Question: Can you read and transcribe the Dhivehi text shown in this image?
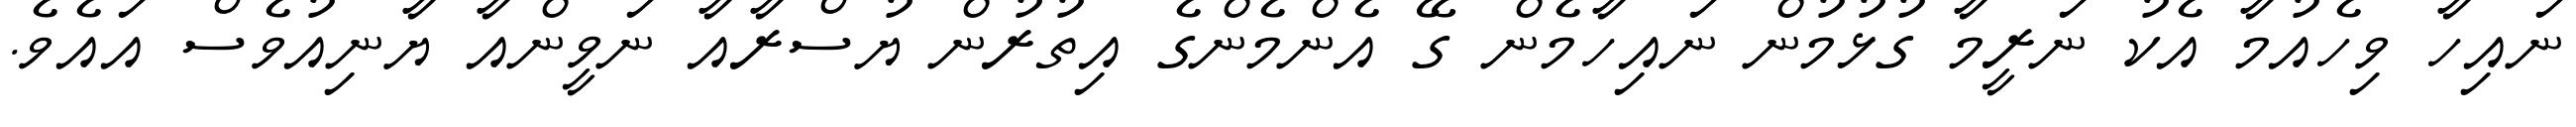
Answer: ނައިހާ ވިހެއުމާ އެކު ނަރީމާ ގުޅުމުން ނައިހާމެން ގޭ އެންމެންގެ އިތުރުން ޔުސްރާއާ ނަވީންއާ ޔާނިއުވެސް އައެވެ.